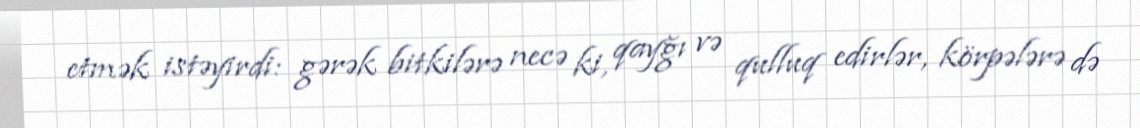
etmək istəyirdi: gərək bitkilərə necə ki, qayğı və qulluq edirlər, körpələrə də